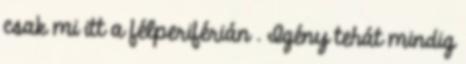
csak mi itt a félperiférián . Igény tehát mindig